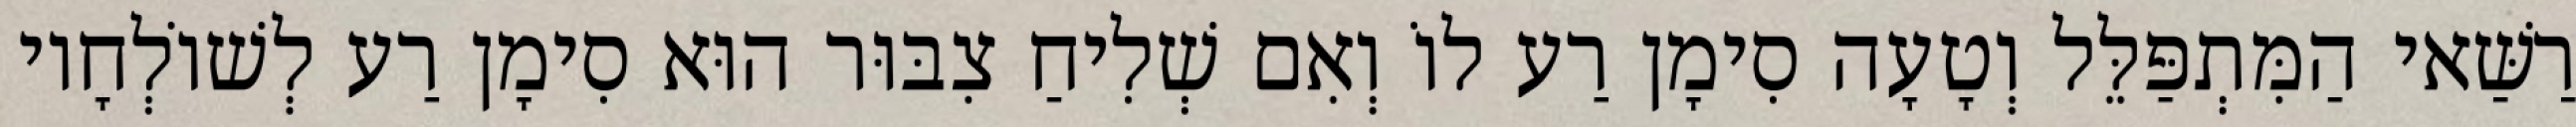
רַשַּׁאי הַמִּתְפַּלֵּל וְטָעָה סִימָן רַע לוֹ וְאִם שְׁלִיחַ צִבּוּר הוּא סִימָן רַע לְשׁוֹלְחָיו